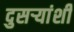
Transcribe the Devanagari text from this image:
दुसऱ्यांशी